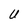
Character: U